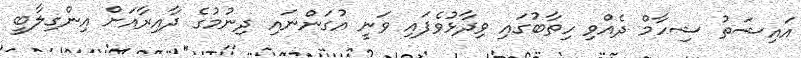
އައިޝަތު ޝިހާމް ދެއްވި ހިތާބުގައި ވިދާޅުވެފައި ވަނީ އުގަންނައި ދިނުމުގެ ދާއިރާއަށް އިންގިލާބީ